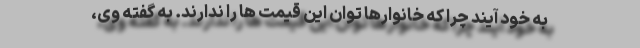
به خود آیند چرا که خانوارها توان این قیمت ها را ندارند. به گفته وی،